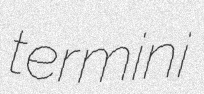
termini